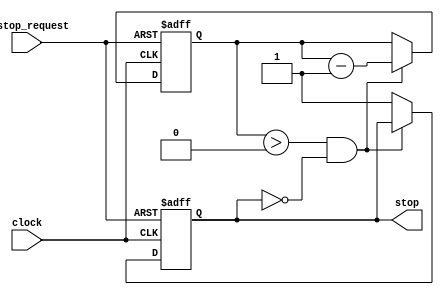
module stop_pipe (input clock, n_stop_request,
						output reg stop
);
reg [3:0] count;
//assign stop1 = ~(~n_stop_request && (count == 4'b0));

always @ (posedge clock or negedge n_stop_request) begin
	if (!n_stop_request) begin
		count <=4'b1000;
		stop<= 1'b0;
	end 
	else if (count>4'b0 && stop == 1'b0) begin
		count<=count - 1'b1;
	end
	else begin

		stop<= 1'b1;
	end
end




endmodule